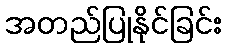
အတည်ပြုနိုင်ခြင်း